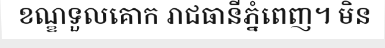
ខណ្ឌទួលគោក រាជធានីភ្នំពេញ។ មិន